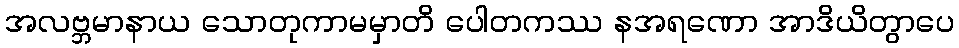
အလဗ္ဘမာနာယ သောတုကာမမှာတိ ပေါတကဿ နအရဏော အာဒိယိတွာပေ